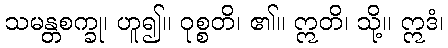
သမန္တစက္ခု၊ ဟူ၍။ ဝုစ္စတိ၊ ၏။ ဣတိ၊ သို့။ ဣဒံ၊